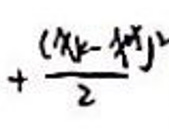
$+\frac{(x_{k}-x_{j})^{2}}{2}$